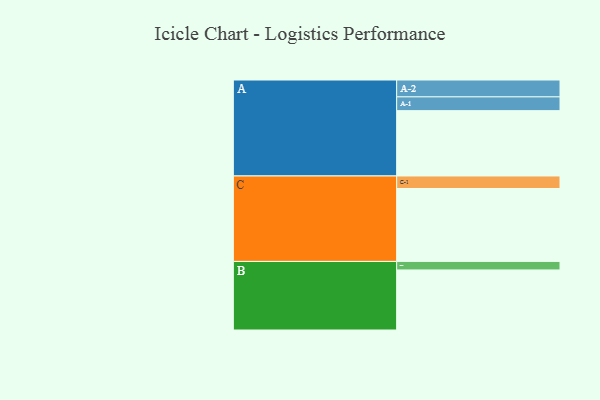
{"axis": {"x": "Segment", "y": "Value"}, "legend": ["", "A", "B", "C"], "data": [{"x": "A", "y": 422, "type": ""}, {"x": "B", "y": 388, "type": ""}, {"x": "C", "y": 471, "type": ""}, {"x": "A-1", "y": 89, "type": "A"}, {"x": "A-2", "y": 109, "type": "A"}, {"x": "B-1", "y": 55, "type": "B"}, {"x": "C-1", "y": 81, "type": "C"}]}